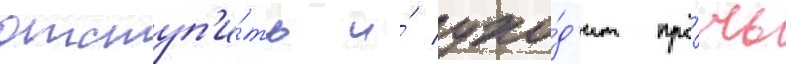
отступ'и́ть и́ ухо́д'ит про́чь